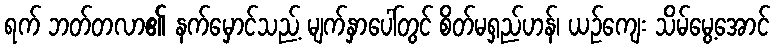
ရက် ဘတ်တလာ၏ နက်မှောင်သည့် မျက်နှာပေါ်တွင် စိတ်မရှည်ဟန်၊ ယဉ်ကျေး သိမ်မွေ့အောင်